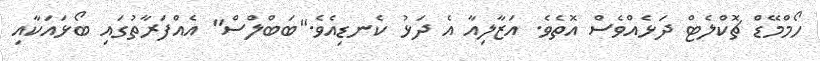
ހޯމްމޭޑް ޗޮކްލެޓް ދަޅެއްވެސް އޮތެވެ. އަޒާލިއާ އެ ދަޅު ކެނޑިއެވެ."ބަބްލްސް" އެއްފަރާތުގައި ބޯޅައަކާއި